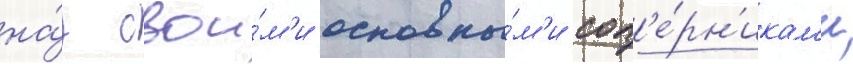
на́д свои́м'и основны́м'и соп'е́рн'икам'и